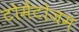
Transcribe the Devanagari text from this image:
टोमेंटोजम